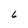
Character: 6